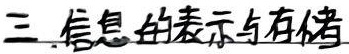
三. 信息的表示与存储